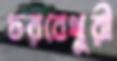
চরবেথুরী